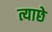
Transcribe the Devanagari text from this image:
त्याछे